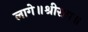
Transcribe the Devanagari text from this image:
लागे॥श्रीराम॥